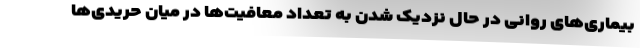
بیماری‌های روانی در حال نزدیک شدن به تعداد معافیت‌ها در میان حریدی‌ها